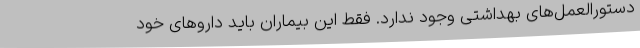
دستورالعمل‌های بهداشتی وجود ندارد. فقط این بیماران باید داروهای خود